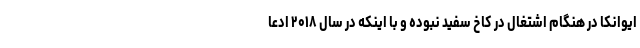
ایوانکا در هنگام اشتغال در کاخ سفید نبوده و با اینکه در سال ۲۰۱۸ ادعا